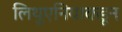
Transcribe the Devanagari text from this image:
लिथुएनियाकडून